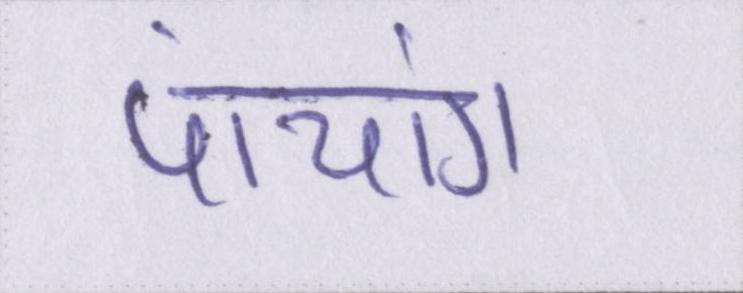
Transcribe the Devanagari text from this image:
पांचांग